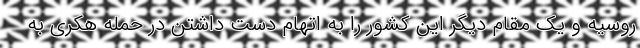
روسیه و یک مقام دیگر این کشور را به اتهام دست داشتن در حمله هکری به